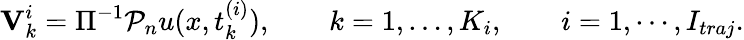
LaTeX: {\mathbf V}_{k}^{i}=\Pi^{-1}{\mathcal P}_{n}u(x,t_{k}^{(i)}),\qquad k=1,\dots,K_{i},\qquad i=1,\cdots,I_{traj}.